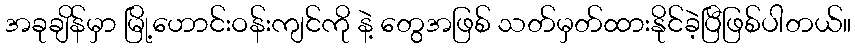
အခုချိန်မှာ မြို့ဟောင်းဝန်းကျင်ကို နဲ့ တွေအဖြစ် သတ်မှတ်ထားနိုင်ခဲ့ပြီဖြစ်ပါတယ်။